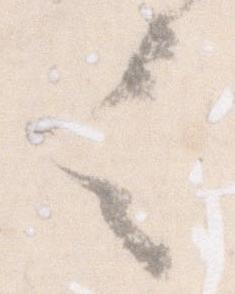
言